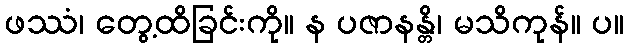
ဖဿံ၊ တွေ့ထိခြင်းကို။ န ပဇာနန္တိ၊ မသိကုန်။ ပ။